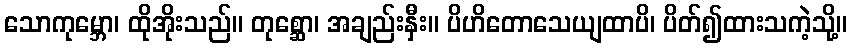
သောကုမ္ဘော၊ ထိုအိုးသည်။ တုစ္ဆော၊ အချည်းနှီး။ ပိဟိတောသေယျထာပိ၊ ပိတ်၍ထားသကဲ့သို့။